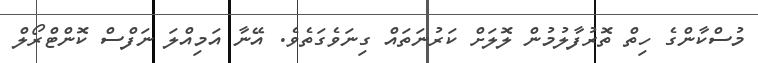
މުސްކާންގެ ހިތް ތޮރުފާލުމުން ލޮލަށް ކަރުނަތައް ގިނަވެގަތެވެ. އޭނާ އަމިއްލަ ނަފްސް ކޮންޓްރޯލް